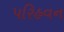
પરિહવન